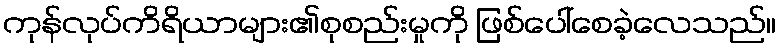
ကုန်လုပ်ကိရိယာများ၏စုစည်းမှုကို ဖြစ်ပေါ်စေခဲ့လေသည်။